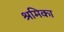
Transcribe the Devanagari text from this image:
श्रमिका